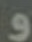
و